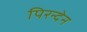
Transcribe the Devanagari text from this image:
पिरन्देन